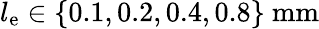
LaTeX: l_{\mathrm{e}}\in\{ 0.1,0.2,0.4,0.8\} \ \mathrm{mm}